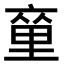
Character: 𨤫